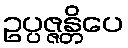
ဥပ္ပဇ္ဇန္တိပေ